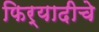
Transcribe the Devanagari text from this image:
फिर्यादीचे